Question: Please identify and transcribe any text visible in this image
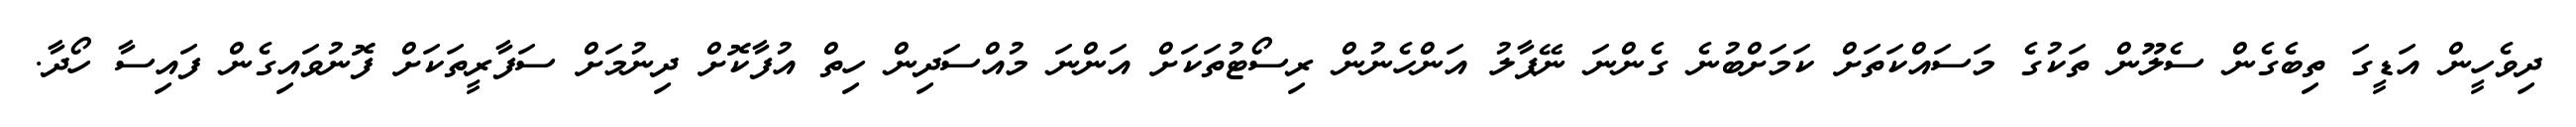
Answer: ދިވެހީން އަޑީގަ ތިބެގެން ސެލޫން ތަކުގެ މަސައްކަތަށް ކަމަށްބުނެ ގެންނަ ނޭޕާލު އަންހެނުން ރިސޯޓުތަކަށް އަންނަ މުއްސަދިން ހިތް އުފާކޮށް ދިނުމަށް ސަފާރީތަކަށް ފޮނުވައިގެން ފައިސާ ހޯދާ.